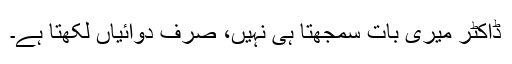
ڈاکٹر میری بات سمجھتا ہی نہیں، صرف دوائیاں لکھتا ہے۔